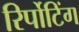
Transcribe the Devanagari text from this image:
रिर्पोटिंग